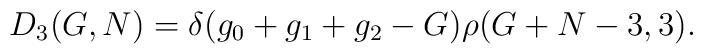
D_{3}(G,N)=\delta (g_{0}+g_{1}+g_{2}-G)\rho (G+N-3,3).